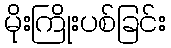
မိုးကြိုးပစ်ခြင်း